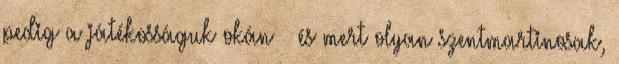
pedig a játékosságuk okán – és mert olyan szentmartinosak,